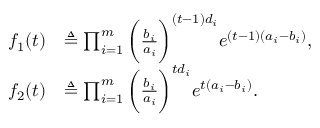
\begin{array} { r l } { f _ { 1 } ( t ) } & { \triangleq \prod _ { i = 1 } ^ { m } \bigg ( \frac { b _ { i } } { a _ { i } } \bigg ) ^ { ( t - 1 ) d _ { i } } e ^ { ( t - 1 ) ( a _ { i } - b _ { i } ) } , } \\ { f _ { 2 } ( t ) } & { \triangleq \prod _ { i = 1 } ^ { m } \bigg ( \frac { b _ { i } } { a _ { i } } \bigg ) ^ { t d _ { i } } e ^ { t ( a _ { i } - b _ { i } ) } . } \end{array}